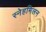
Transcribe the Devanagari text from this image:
स्नेहमिलन